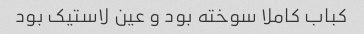
کباب کاملا سوخته بود و عین لاستیک بود